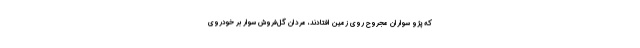
که پژو سواران مجروح روی زمین افتادند، مردان گل‌فروش سوار بر خودروی